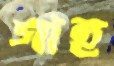
গাহ